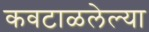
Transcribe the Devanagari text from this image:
कवटाळलेल्या